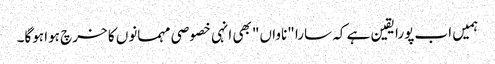
ہمیں اب پورا یقین ہے کہ سارا "ناواں" بھی انہی خصوصی مہمانوں کا خرچ ہوا ہوگا۔